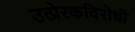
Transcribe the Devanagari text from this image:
उत्प्रेरकविरोधी